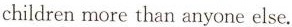
children more than anyone else.